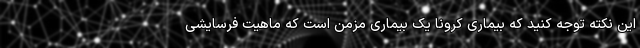
این نکته توجه کنید که بیماری کرونا یک بیماری مزمن است که ماهیت فرسایشی